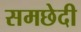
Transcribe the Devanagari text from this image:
समछेदी